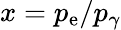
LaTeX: x={{p_{\mathrm{e}}}/{p_{\gamma}}}